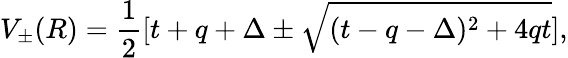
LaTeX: V_{\pm}(R)=\frac{1}{2}[t+q+\Delta\pm\sqrt{(t-q-\Delta)^{2}+4qt}],